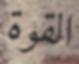
القوة